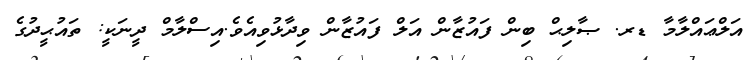
އަލްޢައްލާމާ ޑރ. ޞާލިޙް ބިން ފައުޒާން އަލް ފައުޒާން ވިދާޅުވިއެވެ.އިސްލާމް ދީނަކީ: ތައުޙީދުގެ